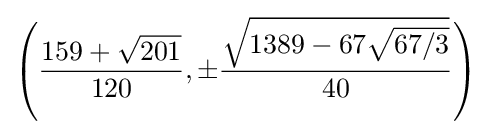
\left({\frac {159+{\sqrt {201}}}{120}},\pm {\frac {\sqrt {1389-67{\sqrt {67/3}}}}{40}}\right)